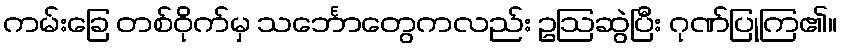
ကမ်းခြေ တစ်ဝိုက်မှ သင်္ဘောတွေကလည်း ဥဩဆွဲပြီး ဂုဏ်ပြုကြ၏။